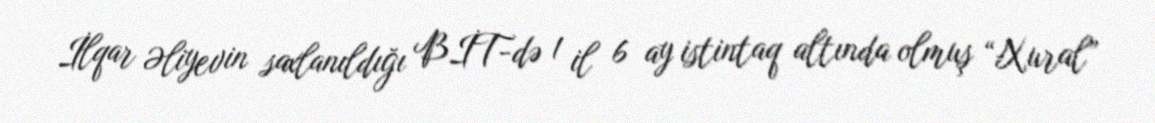
İlqar Əliyevin saxlanıldığı BİT-də 1 il 6 ay istintaq altında olmuş “Xural”